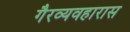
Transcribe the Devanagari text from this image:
गैरव्यवहारास